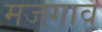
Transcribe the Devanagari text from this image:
मजगाव